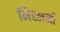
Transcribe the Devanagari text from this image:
मिस्लनी